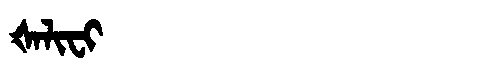
Manchu: ᡧᠠᠯᡳᠸᡳ
Romanization: ŠALIFI